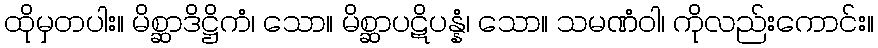
ထိုမှတပါး။ မိစ္ဆာဒိဋ္ဌိကံ၊ သော။ မိစ္ဆာပဋိပန္နံ၊ သော။ သမဏံဝါ၊ ကိုလည်းကောင်း။